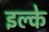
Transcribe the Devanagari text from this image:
इल्के